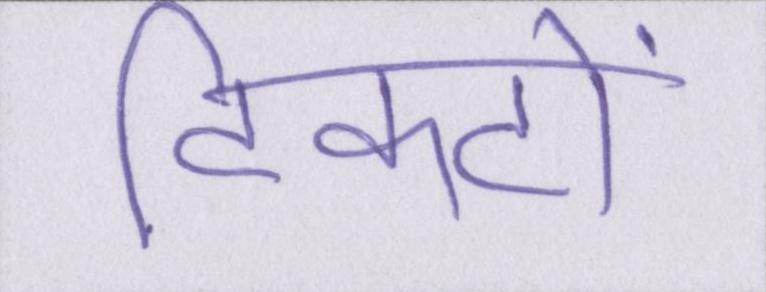
टिकटों